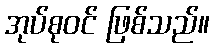
အုပ်စုဝင် ဖြစ်သည်။